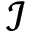
\mathcal { I }